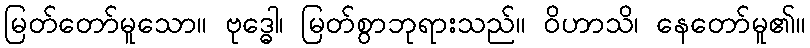
မြတ်တော်မူသော။ ဗုဒ္ဓေါ၊ မြတ်စွာဘုရားသည်။ ဝိဟာသိ၊ နေတော်မူ၏။